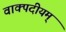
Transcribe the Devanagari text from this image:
वाक्पदीयम्‌